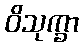
ဝိသုက္ခာ